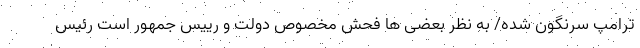
ترامپ سرنگون شده/ به نظر بعضی ها فحش مخصوص دولت و رییس جمهور است رئیس